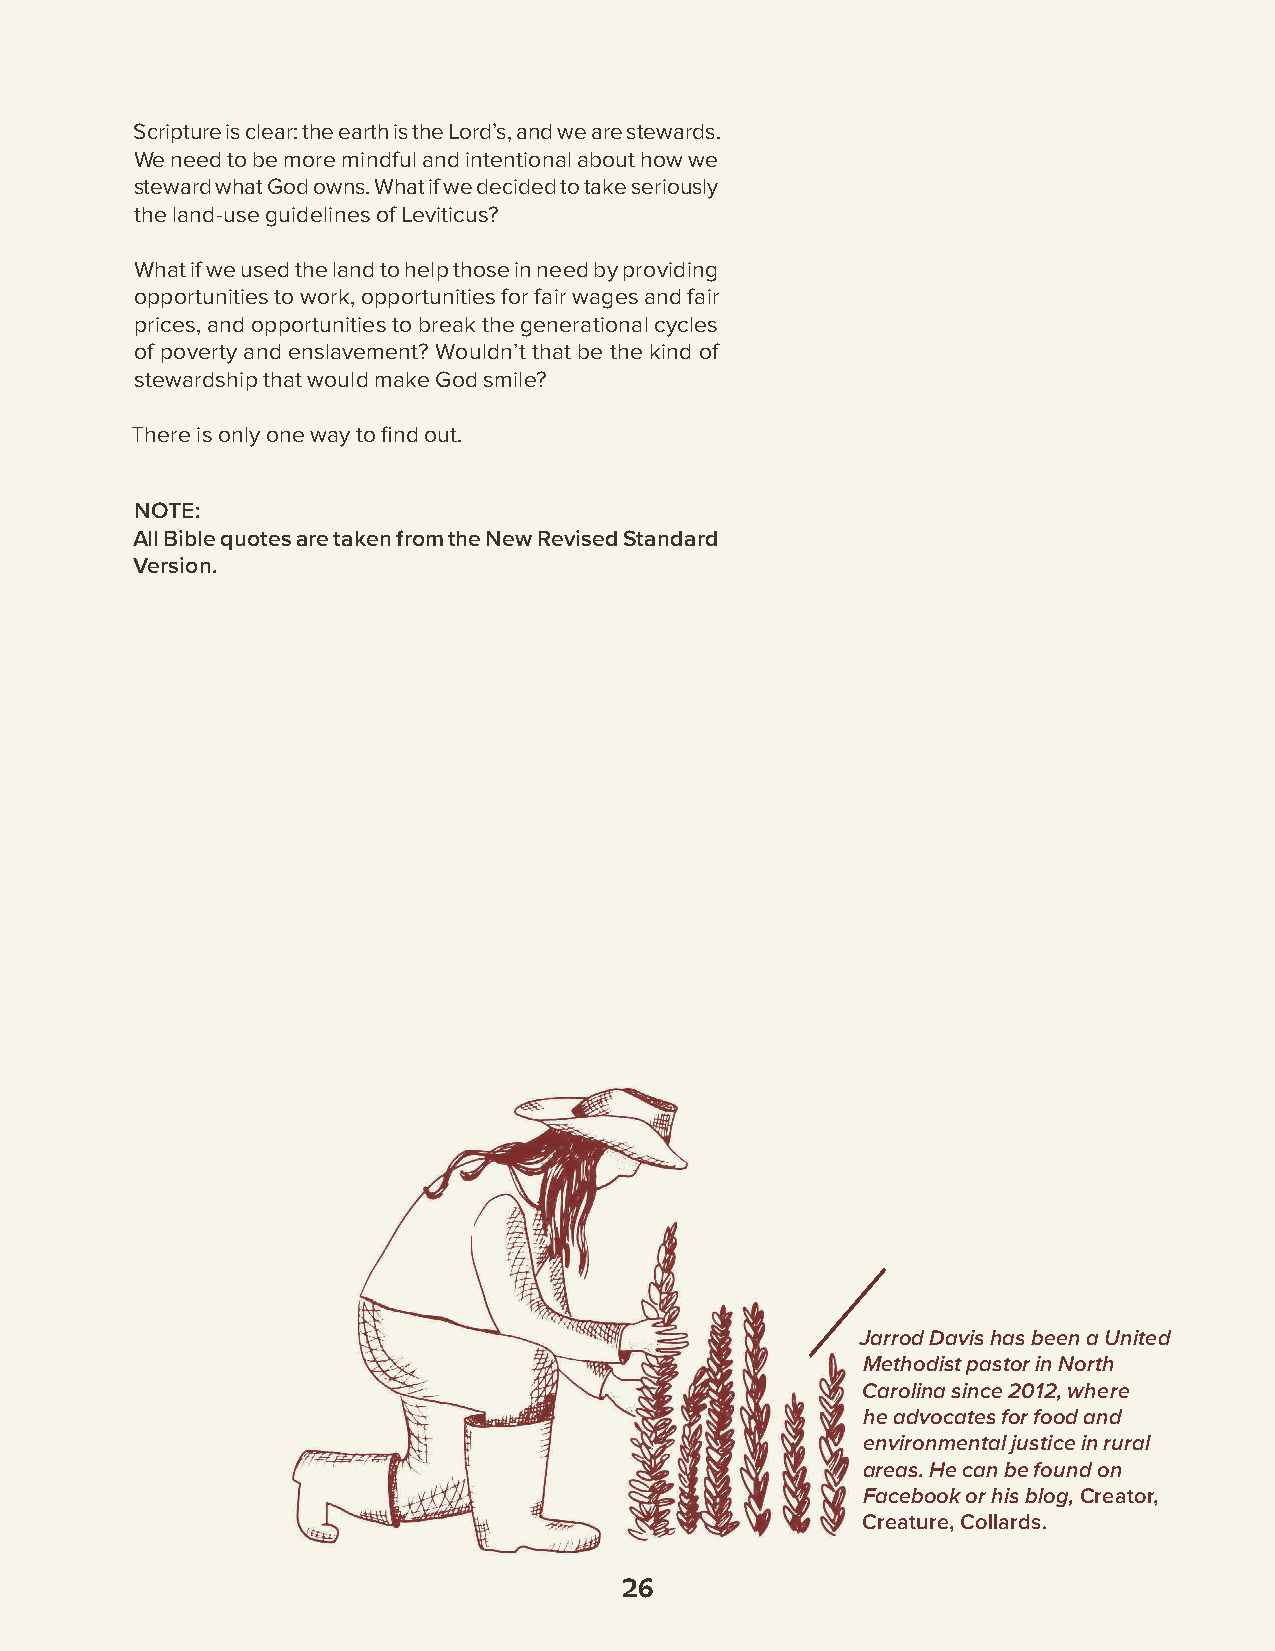
Scripture is clear: the earth is the Lord’s, and we are stewards.
 We need to be more mindful and intentional about how we
 steward what God owns. What if we decided to take seriously
 the land-use guidelines of Leviticus?
 What if we used the land to help those in need by providing
 opportunities to work, opportunities for fair wages and fair
 prices, and opportunities to break the generational cycles
 of poverty and enslavement? Wouldn’t that be the kind of
 stewardship that would make God smile?
 There is only one way to find out.
 NOTE:
 All Bible quotes are taken from the New Revised Standard
 Version.
 Jarrod Davis has been a United
 Methodist pastor in North
 Carolina since 2012, where
 he advocates for food and
 environmental justice in rural
 areas. He can be found on
 Facebook or his blog, Creator,
 Creature, Collards.
 26